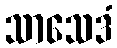
သာသေဒံ